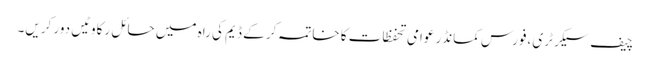
چیف سیکرٹری ،فورس کمانڈر عوامی تحفظات کا خاتمہ کر کے ڈیم کی راہ میں حائل رکاوٹیں دور کریں۔